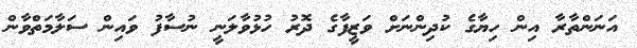
އަނަންތާރާ އިން ހިޔާގެ ކުދިންނަށް ވަޒީފާގެ ދޮރު ހުޅުވާލަނީ ނުސާފު ވައިން ސަލާމަތްވާން